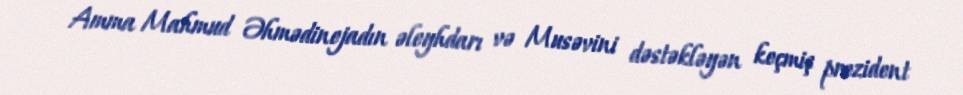
Amma Mahmud Əhmədinejadın əleyhdarı və Musəvini dəstəkləyən keçmiş prezident